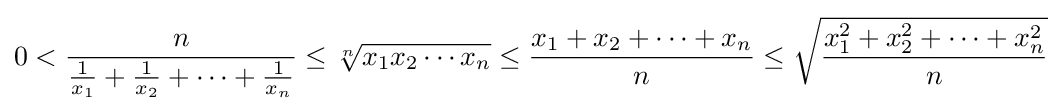
0<{\frac {n}{{\frac {1}{x_{1}}}+{\frac {1}{x_{2}}}+\cdots +{\frac {1}{x_{n}}}}}\leq {\sqrt[{n}]{x_{1}x_{2}\cdots x_{n}}}\leq {\frac {x_{1}+x_{2}+\cdots +x_{n}}{n}}\leq {\sqrt {\frac {x_{1}^{2}+x_{2}^{2}+\cdots +x_{n}^{2}}{n}}}